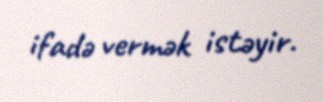
ifadə vermək istəyir.